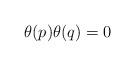
LaTeX: \begin{align*}\theta(p)\theta(q) =0\quad\end{align*}